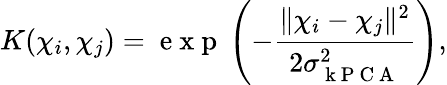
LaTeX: K(\mathbb{\chi}_{i},\mathbb{\chi}_{j})=\mathrm{~e~x~p~}\left(-\frac{\| \mathbb{\chi}_{i}-\mathbb{\chi}_{j}\| ^{2}}{2\sigma_{\mathrm{~k~P~C~A~}}^{2}}\right),